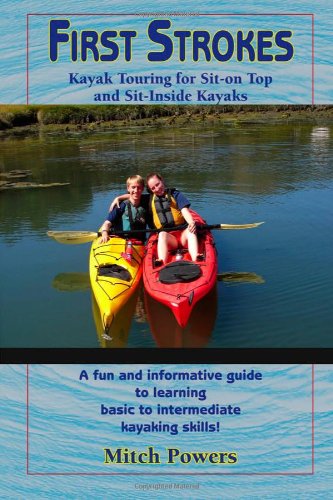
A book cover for First Strokes: Kayaking For Sea Kayaks and Sit-on Top Kayaks; Mitch Powers; Sports & Outdoors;